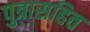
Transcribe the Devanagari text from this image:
पुत्रासहित